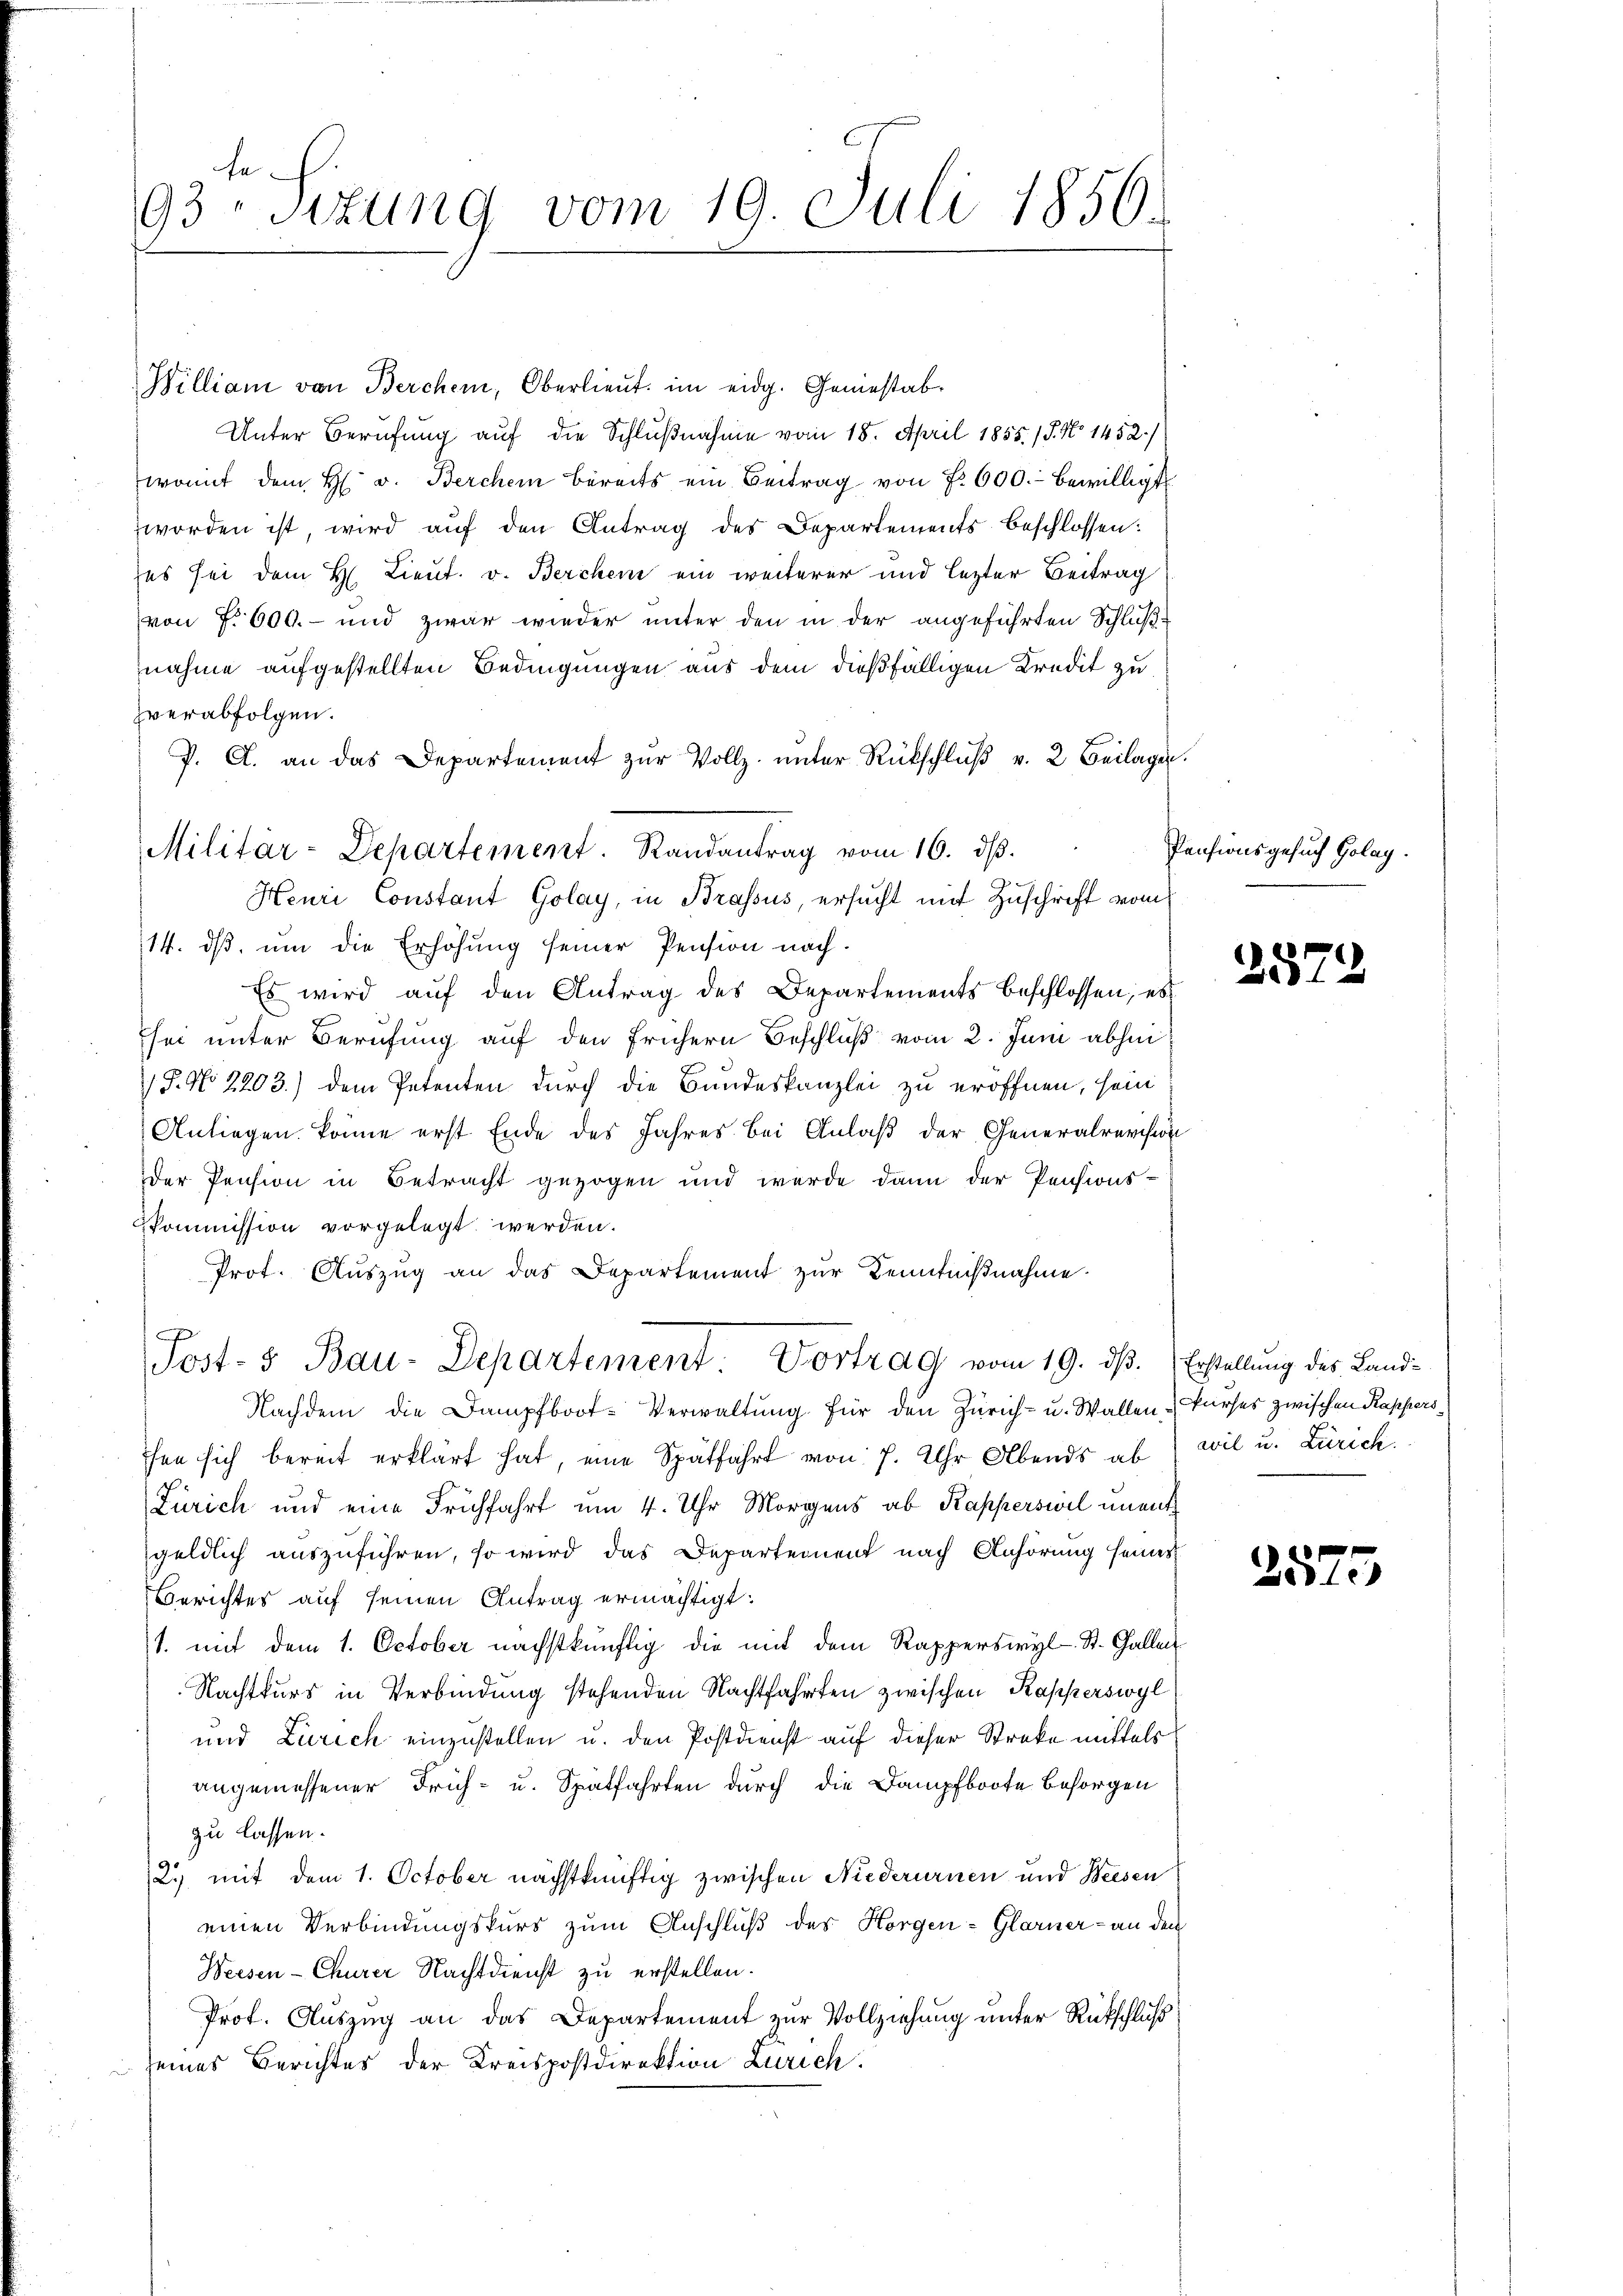
93. Sizung vom 19. Juli 1856.

William von Berchen, Oberlieŭt. im eidg. Geniestab
Unter Berufung auf die Schlußnahme vom 18. April 1855. 15. No 1452./
womit dem H. v. Berchen bereits ein Beitrag von No 600.- bewilligt
worden ist, wird auf den Antrag des Departements beschlossen:
zes sei dem H. Lieut. v. Berchen ein weiterer und lezter Beitrag
von §. 600.- und zwar wieder unter den in der angeführten Schlußnahme aufgestellten Bedingungen aus dem dießfälligen Kredit zu
verabfolgen.
P. C. an das Departement zŭr Vollz. ŭnter Rückschlŭβ v. 2. Beilagen.
Henri Constant Golay, in Brassus, ersucht mit Zuschrift vom
14. dβ, um die Erhöhung seiner Pension nach.
Es wird auf den Antrag des Departements beschlossen, es
sei unter Berufung auf den frühern Beschluß vom 2. Juni abhin
/8. No 2203.) dem Petenten durch die Bundeskanzlei zu eröffnen, sein
Anliegen könne erst Ende des Jahres bei Anlaß der Generalrevision
Der Pension in Betracht gezogen und werde dann der Pensions-
Kommission vorgelegt werden.
Prot. Auszug an das Departement zur Kenntnißnahme.
Post- 5 Bau-Departement Vortrag vom 19. dß. Erstellung des Land¬
Nachdem die Dampfboot-Verwaltung für den Zürich- u. Wallen Kurses zwischen Kappersfen sich bereit erklärt hat, eine Spätfahrt von 7. Uhr Abends ab
Zürich und eine Frühfahrt um 4. Uhr Morgens ab Kapperswil unentgeldlich auszuführen, so wird das Departement nach Anhörung seines
Berichtes auf seinen Antrag ermächtigt:
1. mit dem 1. October nächstkünftig die mit dem Rapperswyl St. Gallen
Nachtkurs in Verbindung stehenden Nachtfahrten zwischen Kapperswyl
und Zürich einzustellen u. den Postdienst auf dieser Streke mittels
angemessener Früh- u. Spatfahrten durch die Dampfboote besorgen
zu lassen.
2.) mit dem 1. October nächstkünftig zwischen Niederurnen und Weesen
einen Verbindungskurs zum Anschluß des Horgen- Glarner - an den
Weisen - Churer Nachtdienst zu erstellen.
Prof. Auszug an das Departement zur Vollziehung unter Rückschluß
seines Berichtes der Kreispostdirektion Zürich

Militär-Departement. Randantrag vom 16. dβ.

Pensionsgesuch Golag.

2572

wil u. Zürich.

f
Ble